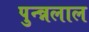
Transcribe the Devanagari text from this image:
पुन्न्नलाल